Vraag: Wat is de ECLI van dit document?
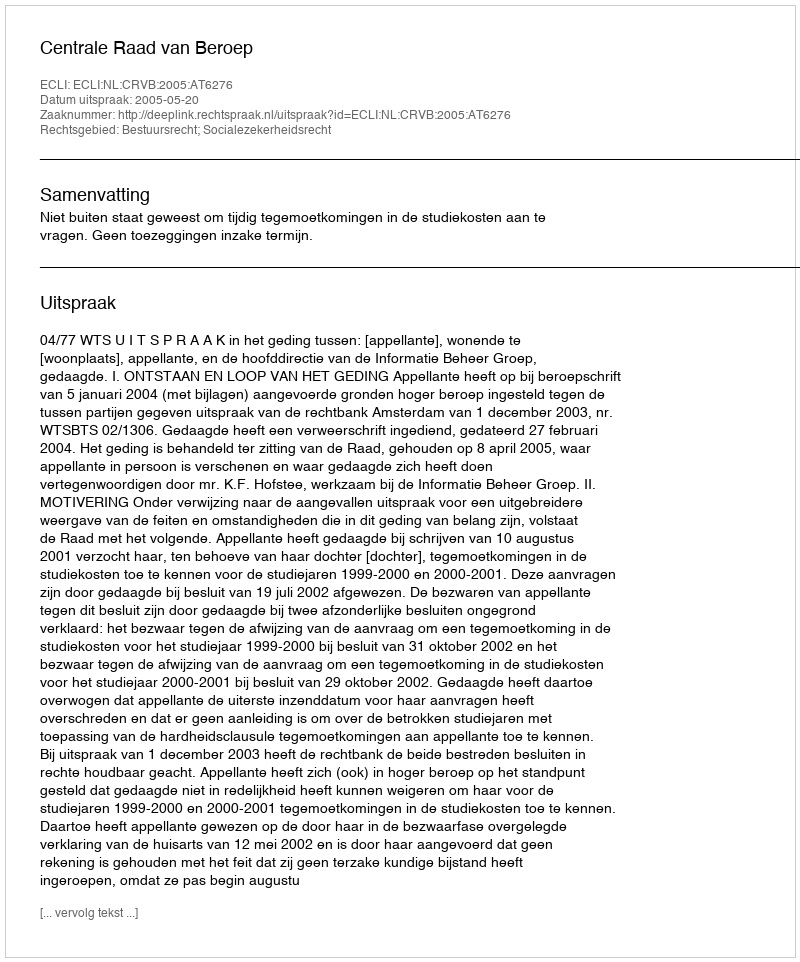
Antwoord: ECLI:NL:CRVB:2005:AT6276